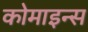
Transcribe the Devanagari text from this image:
कोमाइन्स